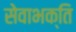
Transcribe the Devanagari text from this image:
सेवाभक्ति